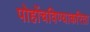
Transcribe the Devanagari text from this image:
पोहोंचविण्याकरिता